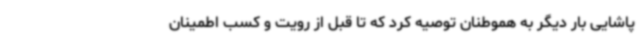
پاشایی بار دیگر به هموطنان توصیه کرد که تا قبل از رویت و کسب اطمینان